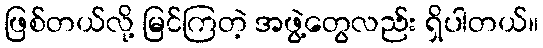
ဖြစ်တယ်လို့ မြင်ကြတဲ့ အဖွဲ့တွေလည်း ရှိပါတယ်။